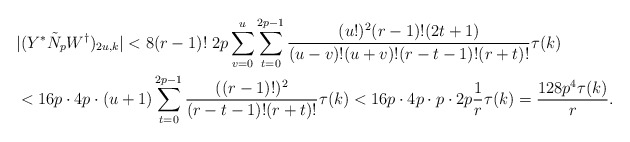
\begin{align*}&|(Y^*\tilde{N}_pW^{\dagger})_{2u,k}|<8(r-1)!\;2p\sum_{v=0}^u\sum_{t=0}^{2p-1}\frac{(u!)^2(r-1)!(2t+1)}{(u-v)!(u+v)!(r-t-1)!(r+t)!}\tau(k)\\&<16p\cdot 4p\cdot(u+1)\sum_{t=0}^{2p-1}\frac{((r-1)!)^2}{(r-t-1)!(r+t)!}\tau(k)<16p\cdot 4p\cdot p\cdot 2p\frac{1}{r}\tau(k)=\frac{128p^4\tau(k)}{r}.\end{align*}